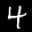
Label: 4